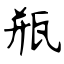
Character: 瓶